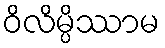
ဝိလိမ္ပိဿာမ